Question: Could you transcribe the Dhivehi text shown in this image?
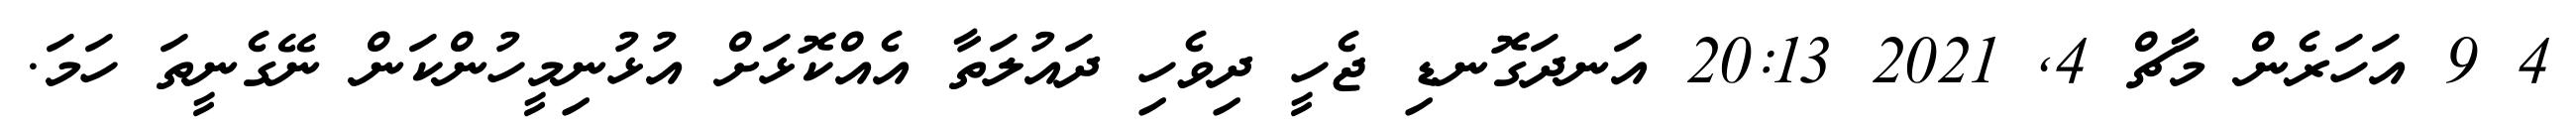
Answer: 4 9 އަހަރެން މާޗް 4, 2021 20:13 އަނދަގޮނޑި ޖެހީ ދިވެހި ދައުލަތާ އެއްކޮޅަށް އުޅުނިމީހުންކަން ނޭގެނީތަ ހަމަ.